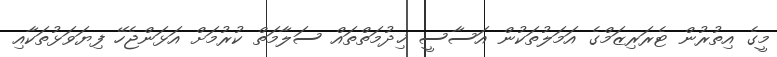
މީގެ އިތުރުން ޓެރަރިޒަމްގެ އަމަލުތަކުން އަސާސީ ޚިދުމަތްތައް ސަލާމަތް ކުރުމަށް އަޅަންޖެހޭ ފިޔަވަޅުތަކާއި